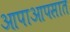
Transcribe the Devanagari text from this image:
आपाआपसात